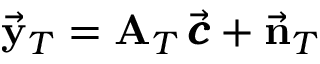
\vec { \bf y } _ { T } = { \bf A } _ { T } \, \vec { \pmb { c } } + \vec { \bf n } _ { T }